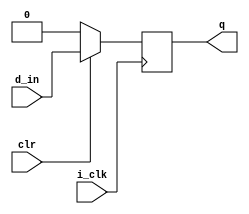
`timescale 1ns / 1ps
//////////////////////////////////////////////////////////////////////////////////
// Company: 
// Engineer: 
// 
// Design Name: 
// Module Name:    D_FF 
// Project Name: 
// Target Devices: 
// Tool versions: 
// Description: 
//
// Dependencies: 
//
// Revision: 
// Revision 0.01 - File Created
// Additional Comments: 
//
//////////////////////////////////////////////////////////////////////////////////
module D_FF(
input i_clk , 
input clr  , 
input d_in,
output reg q  );



always @ (posedge i_clk )
 begin
  if (~clr )
    begin 
     q <= 1'b0 ;
     end
   else
     begin
    q <= d_in ;
    end 
    end  
endmodule